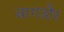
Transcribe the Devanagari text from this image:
बागडौर